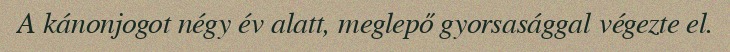
A kánonjogot négy év alatt, meglepő gyorsasággal végezte el.